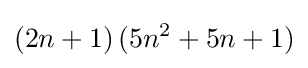
(2n+1)\,(5n^{2}+5n+1)